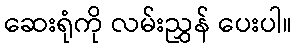
ဆေးရုံကို လမ်းညွှန် ပေးပါ။